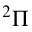
^ 2 \Pi